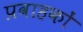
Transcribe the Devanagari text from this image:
प्रवाहकों